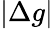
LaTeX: |\Delta g|